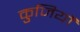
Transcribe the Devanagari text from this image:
कुजियों